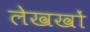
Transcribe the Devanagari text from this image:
लेखखों